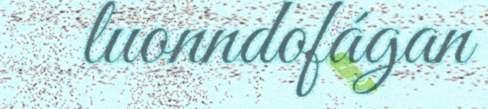
luonndofágan